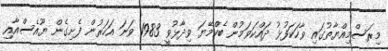
މިރަސްމިއްޔާތުގައި ވާހަކަފުޅު ދައްކަވަމުން ބެކްމޭޔަ ވިދާޅުވީ 1983 ވަނަ އަހަރުން ފެށިގެން ޔޫއެސްއާއި